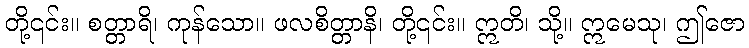
တို့၎င်း။ စတ္တာရိ၊ ကုန်သော။ ဖလစိတ္တာနိ၊ တို့၎င်း။ ဣတိ၊ သို့။ ဣမေသု၊ ဤဇော